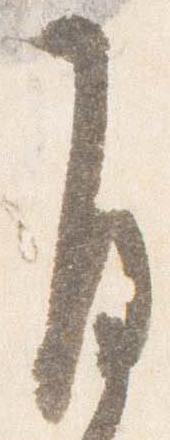
自